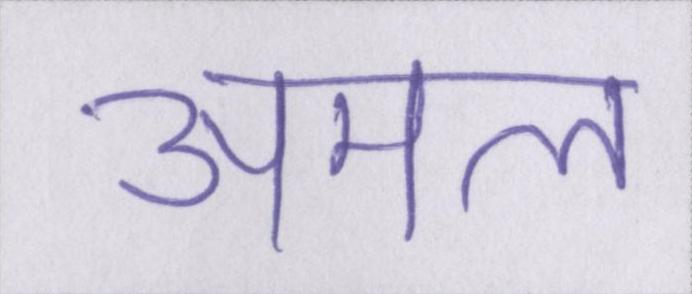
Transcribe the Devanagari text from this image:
अमल